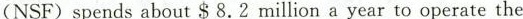
(NSF) spends about $ 8.2 million a year to operate the